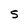
Character: s